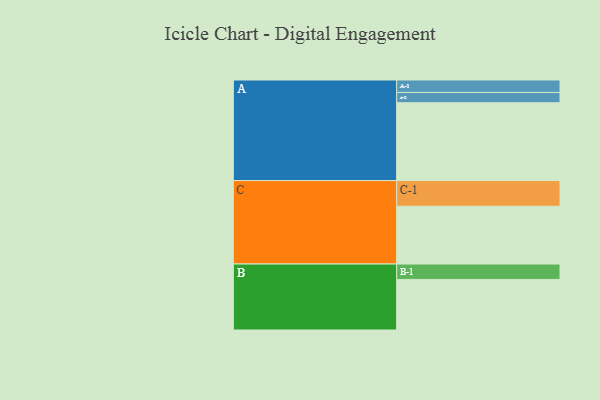
{"axis": {"x": "Segment", "y": "Value"}, "legend": ["", "A", "B", "C"], "data": [{"x": "A", "y": 506, "type": ""}, {"x": "B", "y": 329, "type": ""}, {"x": "C", "y": 376, "type": ""}, {"x": "A-1", "y": 81, "type": "A"}, {"x": "A-2", "y": 67, "type": "A"}, {"x": "B-1", "y": 100, "type": "B"}, {"x": "C-1", "y": 167, "type": "C"}]}